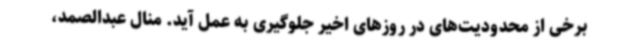
برخی از محدودیت‌های در روزهای اخیر جلوگیری به عمل آید. منال عبدالصمد،